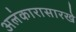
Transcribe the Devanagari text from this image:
अलंकारासारखे